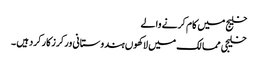
خلیج میں کام کرنے والے
خلیجی ممالک میں لاکھوں ہندوستانی ورکرزکارکردہیں ۔